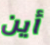
أين